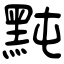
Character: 黗